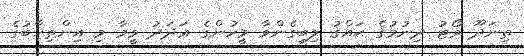
ތިނަދޫ ވޯޓު ދިނުމުގެ ޙައްޤު ލިބިގެންވާ މީހުންގެ ޢަދަދު ވީމާ މި އިންތިޚާބުގެ